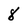
Character: 8